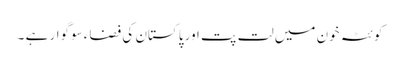
کوئٹہ خون میں لت پت اور پاکستان کی فضاء سوگوار ہے ۔